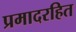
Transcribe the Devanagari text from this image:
प्रमादरहित